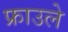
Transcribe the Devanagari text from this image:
फ्राउले